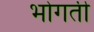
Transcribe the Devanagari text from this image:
भोगती